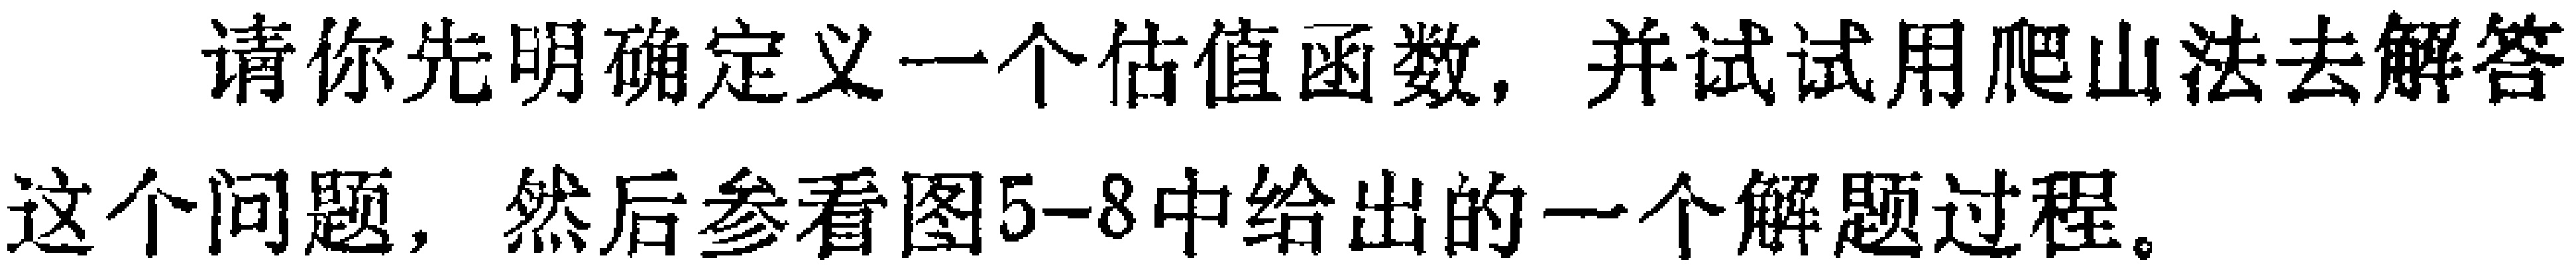
请你先明确定义一个估值函数，并试试用爬山法去解答这个问题，然后参看图5-8中给出的一个解题过程。